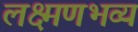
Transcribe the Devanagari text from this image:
लक्ष्मणभव्य